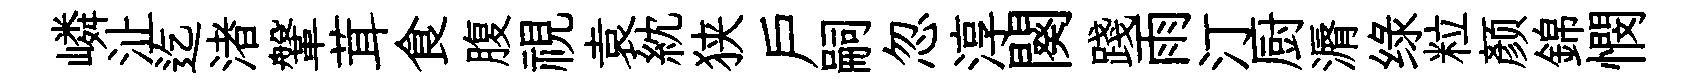
嶙沚迄渚鞶茸食腹視袁紞狭户嗣忽淳闋踐雨汀厨漘绿粒颜錦憫